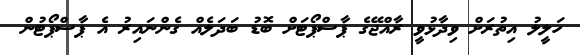
ހަލީލު އިތުރަށް ވިދާޅުވީ ރާއްޖޭގެ ޕާސްޕޯޓަށް ބޮޑު ބަދަލެއް ގެންނައިރު އެ ޕާސްޕޯޓުން